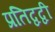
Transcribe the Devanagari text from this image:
प्रतिद्वद्वी